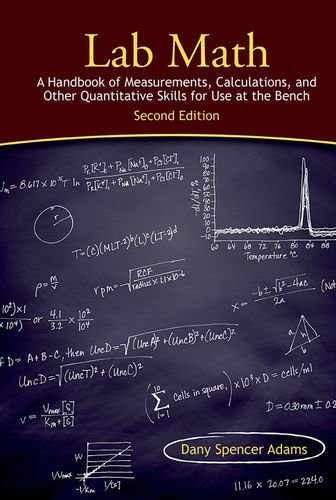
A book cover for Lab Math: A Handbook of Measurements, Calculations, and Other Quantitative Skills for Use at the Bench, Second edition; Dany Spencer Adams; Science & Math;